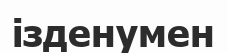
ізденумен